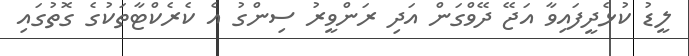
ލީޑު ކުޅެދީފައިވާ އަޖޭ ދޭވްގަން އަދި ރަންވީރު ސިންގު އެ ކެރެކްޓާތަކުގެ ގޮތުގައި